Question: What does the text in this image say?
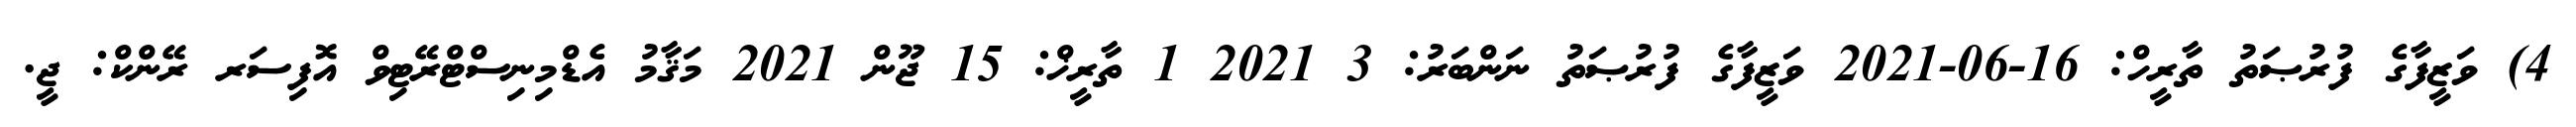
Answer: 4) ވަޒީފާގެ ފުރުޞަތު ތާރީހް: 16-06-2021 ވަޒީފާގެ ފުރުޞަތު ނަންބަރު: 3 2021 1 ތާރީޚް: 15 ޖޫން 2021 މަޤާމު އެޑްމިނިސްޓްރޭޓިވް އޮފިސަރ ރޭންކް: ޖީ.